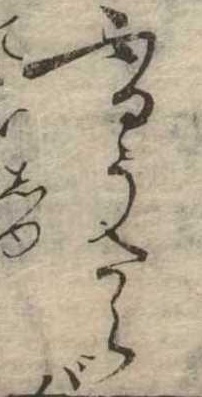
ふるうたらば